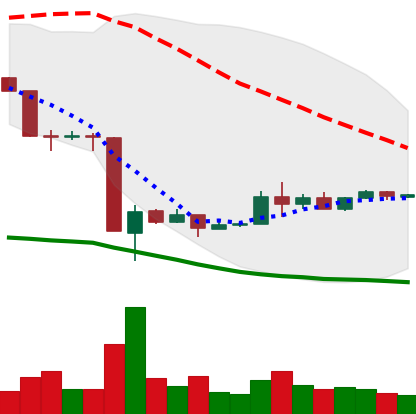
Ticker: EOS-USD
Chart end date: 2020-03-26
Forward return: -3.954%
Label: down_3_5